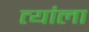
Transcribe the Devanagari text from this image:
त्यांला